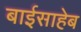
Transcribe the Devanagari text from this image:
बाईसाहेब